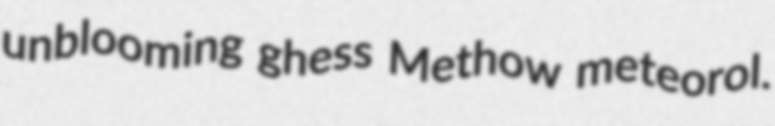
unblooming ghess Methow meteorol.